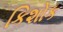
કિશોક